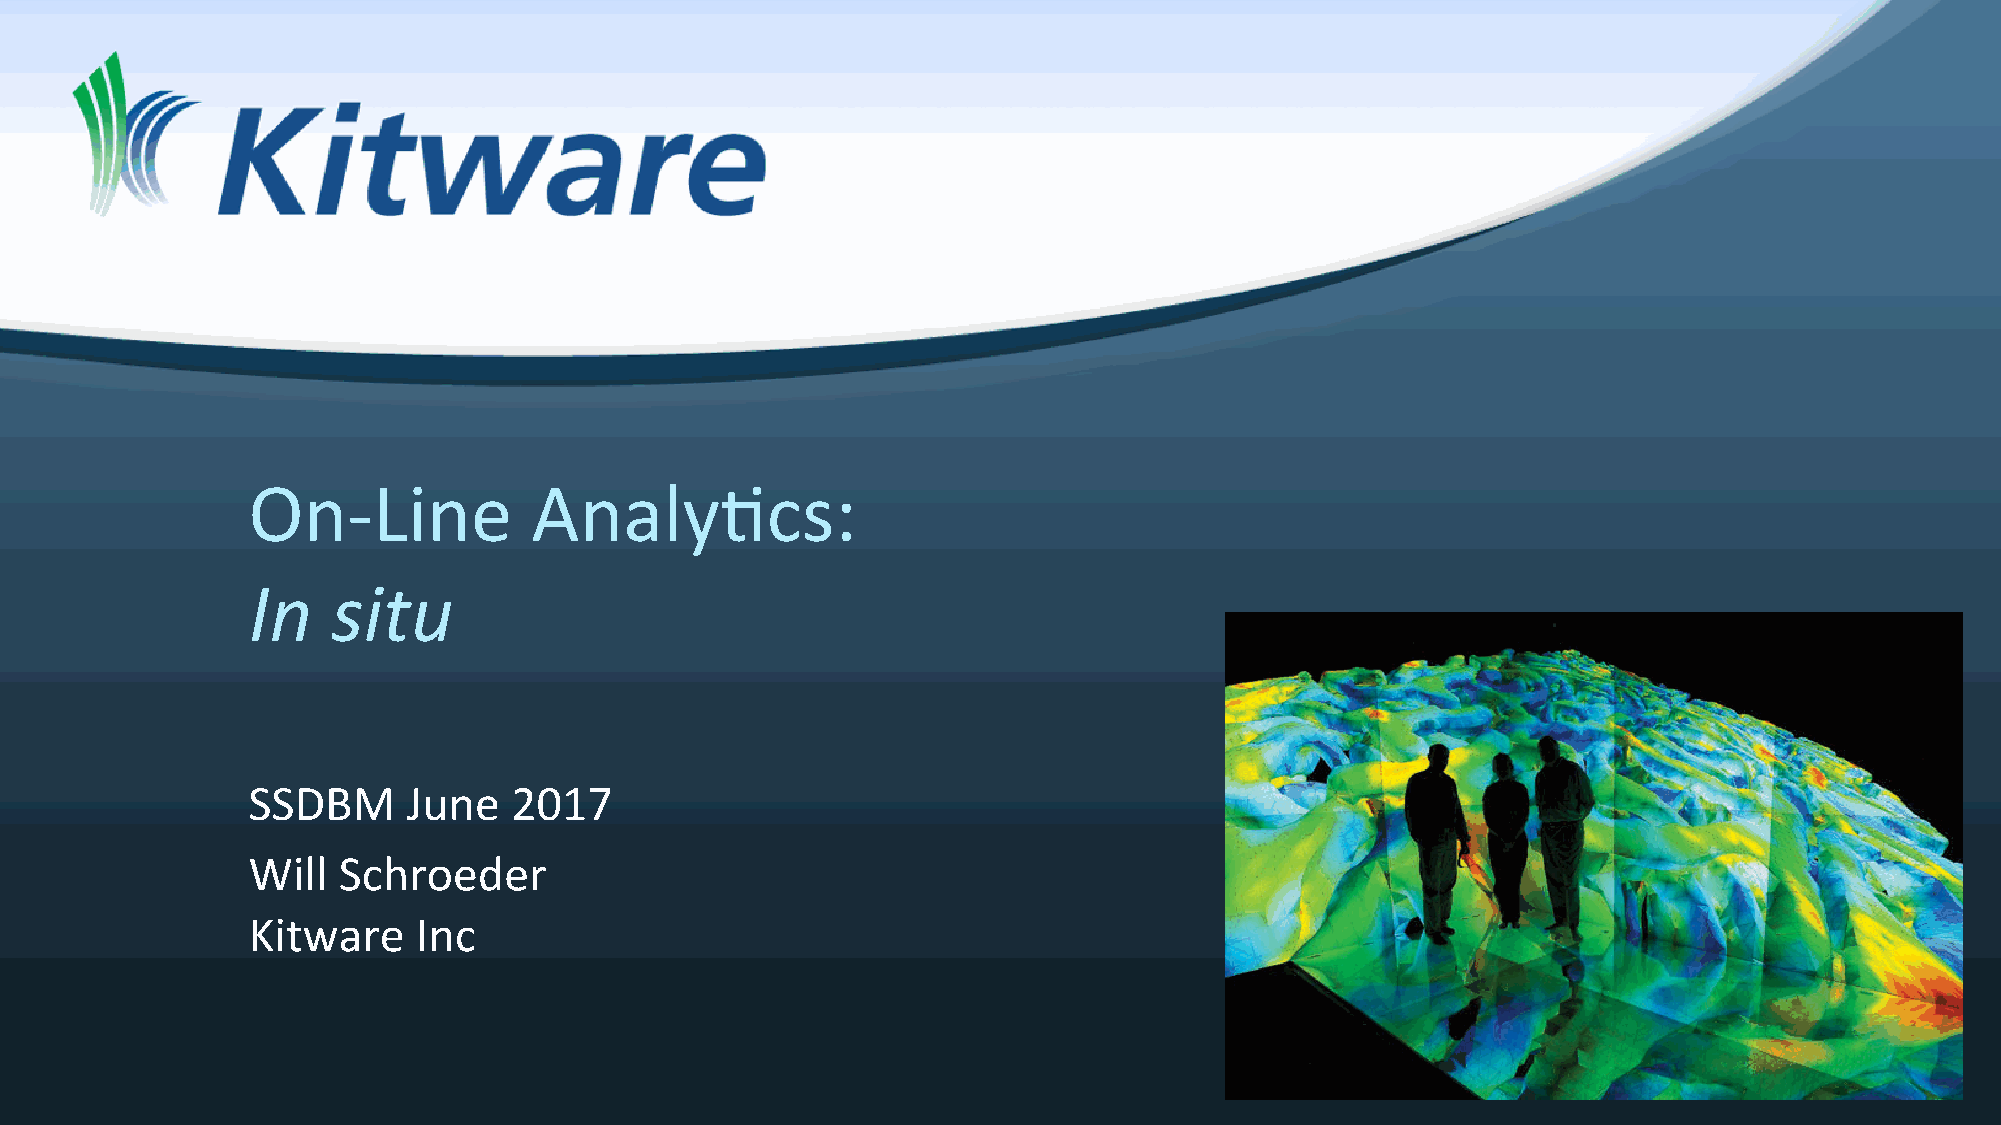
On-Line            AnalyScs:
 In    situ
 SSDBM      June   2017
 Will  Schroeder
 Kitware     Inc